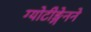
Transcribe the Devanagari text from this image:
ग्योटीङ्गेनने